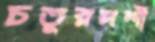
চতুরদর্শী